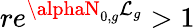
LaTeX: re^{\alphaN_{0,g}\mathcal{L}_{g}}>1